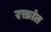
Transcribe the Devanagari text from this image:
रक्तांत